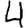
Digit: 4